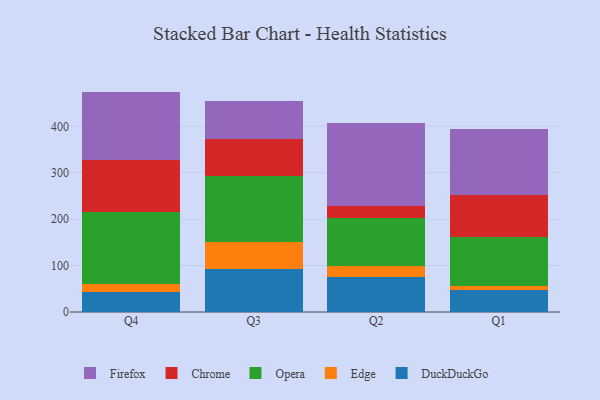
{"axis": {"x": "Quarter", "y": "Waste Production (Tons)"}, "legend": ["Chrome", "DuckDuckGo", "Edge", "Firefox", "Opera"], "data": [{"x": "Q4", "y": 44.0, "type": "DuckDuckGo"}, {"x": "Q4", "y": 16.2, "type": "Edge"}, {"x": "Q4", "y": 154.5, "type": "Opera"}, {"x": "Q4", "y": 112.9, "type": "Chrome"}, {"x": "Q4", "y": 147.2, "type": "Firefox"}, {"x": "Q3", "y": 91.6, "type": "DuckDuckGo"}, {"x": "Q3", "y": 59.2, "type": "Edge"}, {"x": "Q3", "y": 143.1, "type": "Opera"}, {"x": "Q3", "y": 78.3, "type": "Chrome"}, {"x": "Q3", "y": 82.8, "type": "Firefox"}, {"x": "Q2", "y": 74.4, "type": "DuckDuckGo"}, {"x": "Q2", "y": 24.7, "type": "Edge"}, {"x": "Q2", "y": 103.7, "type": "Opera"}, {"x": "Q2", "y": 25.2, "type": "Chrome"}, {"x": "Q2", "y": 179.5, "type": "Firefox"}, {"x": "Q1", "y": 46.5, "type": "DuckDuckGo"}, {"x": "Q1", "y": 9.1, "type": "Edge"}, {"x": "Q1", "y": 106.3, "type": "Opera"}, {"x": "Q1", "y": 89.5, "type": "Chrome"}, {"x": "Q1", "y": 141.8, "type": "Firefox"}]}